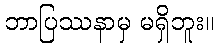
ဘာပြဿနာမှ မရှိဘူး။